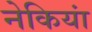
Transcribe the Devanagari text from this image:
नेकियां